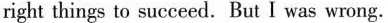
right things to succeed. But I was wrong.